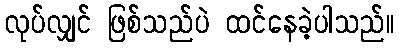
လုပ်လျှင် ဖြစ်သည်ပဲ ထင်နေခဲ့ပါသည်။